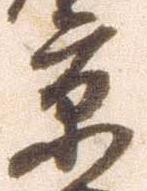
京